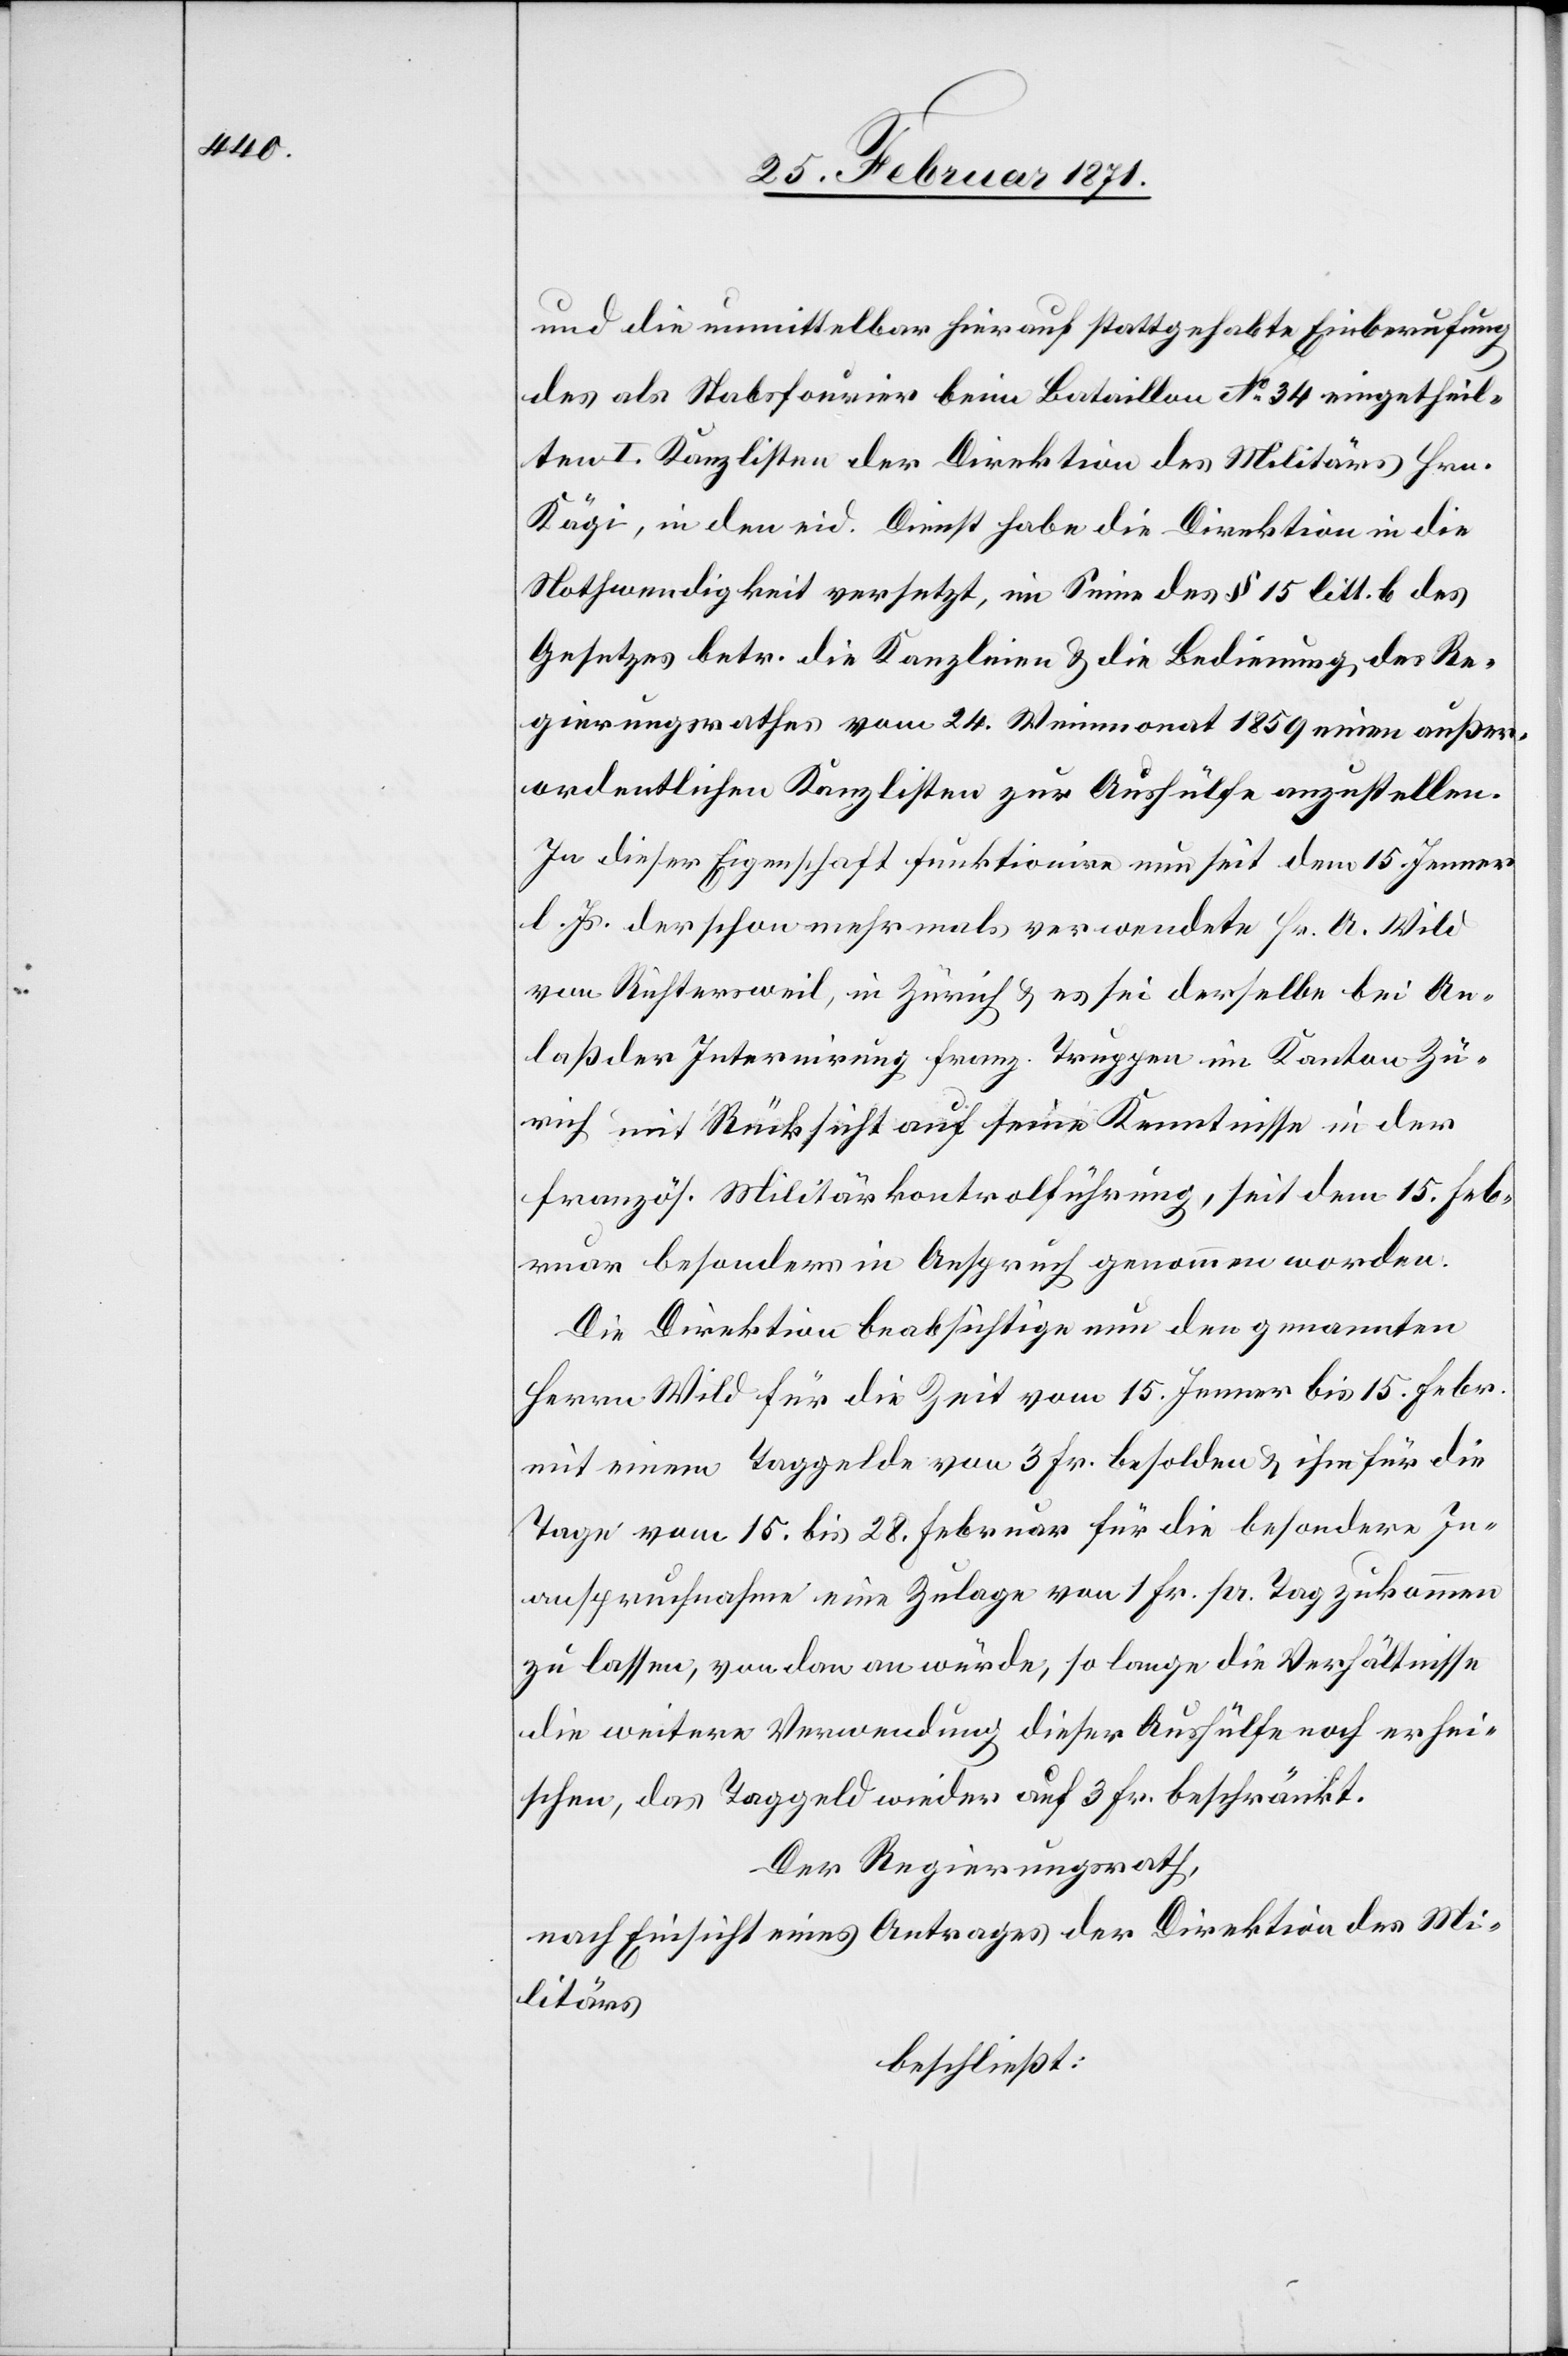
und die unmittelbar hierauf stattgehabte Einberufung
des als Stabsfourier beim Bataillon No. 34 eingetheil¬
ten I. Kanzlisten der Direktion des Militärs Hrn.
Kägi, in den eid. Dienst habe die Direktion in die
Nothwendigkeit versetzt, im Sinne des § 15 litt. b des
Gesetzes betr. die Kanzleien u. die Bedingung des Re¬
gierungsrathes vom 24. Weinmonat 1859 einen außer¬
ordentlichen Kanzlisten zur Aushülfe anzustellen.
In dieser Eigenschaft funktioniere nun seit dem 15. Jenner
l. Js. der schon mehrmals verwendete Hr. A. Wild
von Richtersweil, in Zürich u. es sei derselbe bei An¬
laß der Internirung franz. Truppen im Kanton Zü¬
rich mit Rücksicht auf seine Kenntnisse in der
französ. Militärkontrolführung, seit dem 15. Feb¬
ruar besonders in Anspruch genommen worden.
Die Direktion beabsichtige nun den genannten
Herrn Wild für die Zeit vom 15. Jenner bis 15. Febr.
mit einem Taggelde von 3 Fr. besolden u. ihm für die
Tage vom 15. bis 28. Februar für die besondere In¬
anspruchnahme eine Zulage von 1 Fr. pr. Tag zukommen
zu lassen, von dan [sic!] an würde; so lange die Verhältnisse
die weitere Verwendung dieser Aushülfe noch erhei¬
schen, das Taggeld wieder auf 3 Fr. beschränkt.
Der Regierungsrath,
nach Einsicht eines Antrages der Direktion des Mi¬
litärs
beschließt: